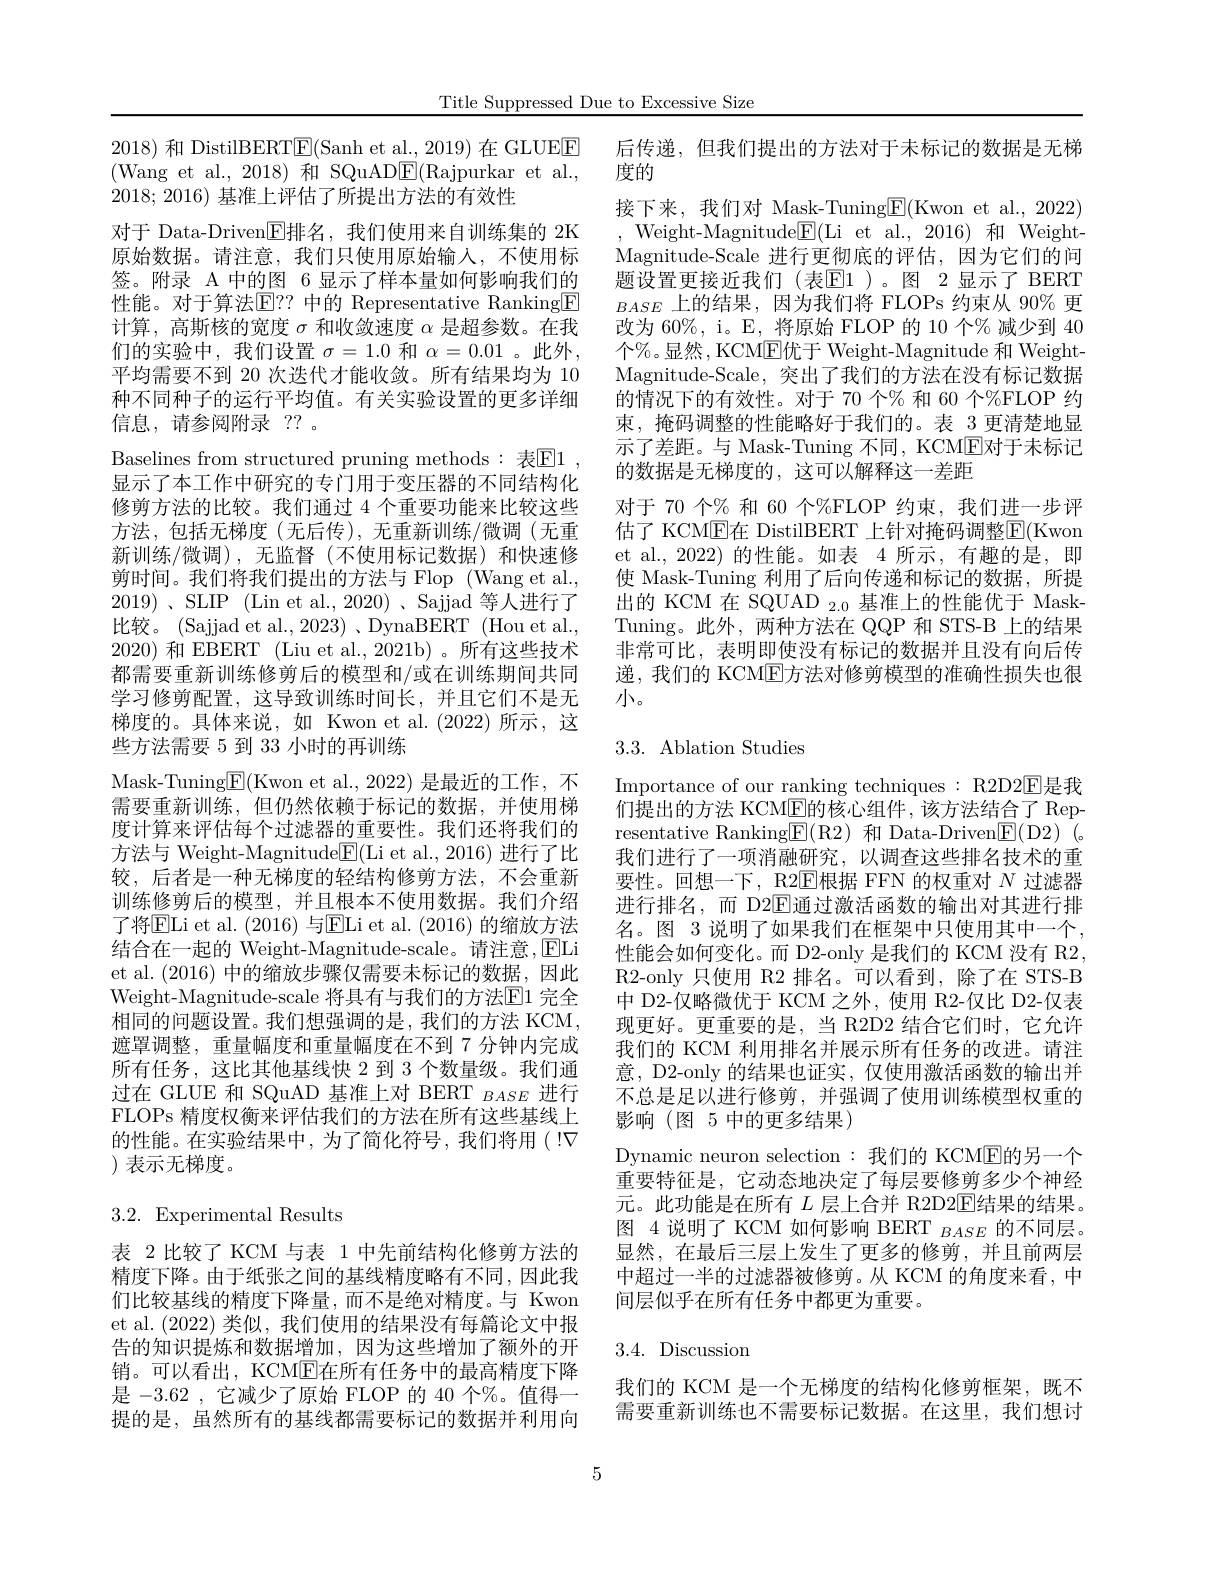
Title Suppressed Due to Excessive Size

2018)和 DistilBERT$\boxed{\mathrm{E}}($Sanh et al., 2019) 在 GLUEE (Wang et al., 2018)和 SQuAD$\underline{\mathrm{E}}($Rajpurkar et al., 2018;2016)基准上评估了所提出方法的有效性
对于 Data-Driven$\overline{\mathrm{E}}$排名，我们使用来自训练集的 2K 原始数据。请注意，我们只使用原始输入，不使用标签。附录 A 中的图 6 显示了样本量如何影响我们的性能。对于算法E？? 中的 Representative Ranking$\underline{\mathrm{F}}$ 计算，高斯核的宽度$\sigma$和收敛速度$\alpha$是超参数。在我们的实验中，我们设置$\sigma=1.0$和$\alpha=0.01$ 。此外， 平均需要不到 20 次迭代才能收敛。所有结果均为 10种不同种子的运行平均值。有关实验设置的更多详细信息，请参阅附录 ??。
Baselines from structured pruning methods: 表$\mathbb{E} 1$ , 显示了本工作中研究的专门用于变压器的不同结构化修剪方法的比较。我们通过 4 个重要功能来比较这些方法，包括无梯度(无后传),无重新训练/微调(无重新训练/微调),无监督(不使用标记数据)和快速修剪时间。我们将我们提出的方法与 Flop (Wang et al., 2019) $、$SLIP (Lin et al.,2020) $、$Sajjad 等人进行了比较。(Sajjad et al., 2023) , DynaBERT (Hou et al., 2020)和 EBERT (Liu et al., 2021b)。所有这些技术都需要重新训练修剪后的模型和/或在训练期间共同学习修剪配置，这导致训练时间长，并且它们不是无梯度的。具体来说，如 Kwon et al.(2022)所示，这些方法需要 5 到 33 小时的再训练
Mask-Tuning$\underline{\mathrm{E}}($Kwon et al.,2022) 是最近的工作，不需要重新训练，但仍然依赖于标记的数据，并使用梯度计算来评估每个过滤器的重要性。我们还将我们的方法与 Weight-Magnitude$\underline{\mathrm{F}}($Li et al., 2016) 进行了比较，后者是一种无梯度的轻结构修剪方法，不会重新训练修剪后的模型，并且根本不使用数据。我们介绍了将$\underline{\mathrm{E}}$Li et al. (2016) 与$\underline{\mathrm{E}}$Li et al. (2016) 的缩放方法结合在一起的 Weight-Magnitude-scale。请注意，回Li et al. (2016) 中的缩放步骤仅需要未标记的数据，因此Weight-Magnitude-scale 将具有与我们的方法E1 完全相同的问题设置。我们想强调的是，我们的方法 KCM, 遮罩调整，重量幅度和重量幅度在不到 7 分钟内完成所有任务，这比其他基线快 2 到 3 个数量级。我们通过在 GLUE 和 SQuAD 基准上对 BERT $_{BASE}$进行FLOPs 精度权衡来评估我们的方法在所有这些基线上的性能。在实验结果中，为了简化符号，我们将用(!$\nabla$ ) 表示无梯度。

## 3.2.Experimental Results

表 2 比较了 KCM 与表 1 中先前结构化修剪方法的精度下降。由于纸张之间的基线精度略有不同，因此我们比较基线的精度下降量，而不是绝对精度。与 Kwon et al.(2022)类似，我们使用的结果没有每篇论文中报告的知识提炼和数据增加，因为这些增加了额外的开销。可以看出，KCM$\overline{\mathrm{E}}$在所有任务中的最高精度下降是 -3.62 , 它减少了原始 FLOP 的 40 个%。值得一提的是，虽然所有的基线都需要标记的数据并利用向

后传递，但我们提出的方法对于未标记的数据是无梯
度的
接下来，我们对 Mask-Tuning$\underline{\mathrm{E}}($Kwon et al.,2022) ,Weight-Magnitude$\boxed{\mathrm{E}}($Li et al. , 2016) 和 Weight- Magnitude-Scale 进行更彻底的评估，因为它们的问题设置更接近我们(表$\mathbb{E}$1)。图 2显示了 BERT $BASE$上的结果，因为我们将 FLOPs 约束从 90% 更改为 60%, i。E, 将原始 FLOP 的 10 个% 减少到 40个$\%$。显然，KCME优于 Weight-Magnitude 和 WeightMagnitude-Scale, 突出了我们的方法在没有标记数据的情况下的有效性。对于 70 个% 和 60 个%FLOP 约束，掩码调整的性能略好于我们的。表 3 更清楚地显示了差距。与 Mask-Tuning 不同，KCME对于未标记的数据是无梯度的，这可以解释这一差距
对于 70 个% 和 60 个%FLOP 约束，我们进一步评估了 KCME在 DistilBERT 上针对掩码调整$\boxed{\mathrm{F}}($Kwon et al., 2022) 的性能。如表 4 所示，有趣的是，即使 Mask-Tuning 利用了后向传递和标记的数据，所提出的 KCM 在 SQUAD $_{2.0}$基准上的性能优于 MaskTuning。此外，两种方法在 QQP 和 STS-B 上的结果非常可比，表明即使没有标记的数据并且没有向后传递，我们的 KCME方法对修剪模型的准确性损失也很小。

## 3.3. Ablation Studies

Importance of our ranking techniques : R2D2$\overline{\mathrm{E}}$是我们提出的方法 KCM$\underline{\mathrm{E}}$的核心组件，该方法结合了 Representative Ranking$\underline{\mathrm{E}}($R2)和 Data-Driven$\underline{\mathrm{E}}($D2)(。我们进行了一项消融研究，以调查这些排名技术的重要性。回想一下，R2$\overline{\mathrm{E}}$根据 FFN 的权重对 $N$ 过滤器进行排名，而 D2$\mathbb{E}$通过激活函数的输出对其进行排名。图 3 说明了如果我们在框架中只使用其中一个， 性能会如何变化。而 D2-only 是我们的 KCM 没有 R2, R2-only 只使用 R2 排名。可以看到，除了在 STS-B 中 D2-仅略微优于 KCM 之外，使用 R2-仅比 D2-仅表现更好。更重要的是，当 R2D2 结合它们时，它允许我们的 KCM 利用排名并展示所有任务的改进。请注意，D2-only 的结果也证实，仅使用激活函数的输出并不总是足以进行修剪，并强调了使用训练模型权重的影响(图5中的更多结果)
Dynamic neuron selection : 我们的 KCME的另一个重要特征是，它动态地决定了每层要修剪多少个神经元。此功能是在所有 $L$ 层上合并 R2D2E结果的结果。图 4 说明了 KCM 如何影响 BERT $_{BASE}$的不同层。显然，在最后三层上发生了更多的修剪，并且前两层中超过一半的过滤器被修剪。从 KCM 的角度来看，中间层似乎在所有任务中都更为重要。

## 3.4. Discussion

我们的 KCM 是一个无梯度的结构化修剪框架，既不需要重新训练也不需要标记数据。在这里，我们想讨

5